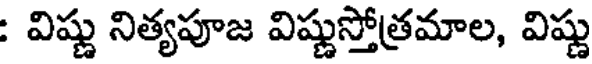
: విష్ణు నిత్యపూజ విష్ణుస్తోత్రమాల, విష్ణు